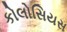
કોલોસિયસ